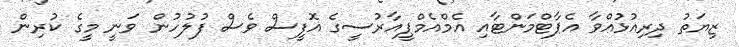
ޒިޔަތު ދިރިއުޅުއްވާ އެޕާޓްމަންޓާއި އެމްއެމްޕީއާރުސީގެ އޮފީސް ވެސް ފުލުހުން ވަނީ މީގެ ކުރިން